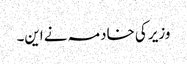
وزیر کی خادمہ نے این۔